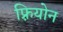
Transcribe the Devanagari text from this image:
फ़्रियोन